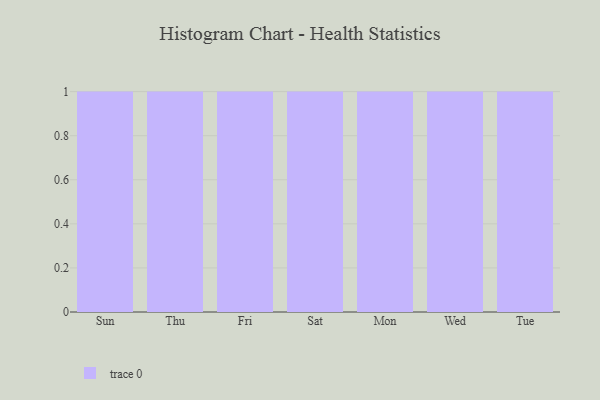
{"axis": {"x": "Day", "y": "Waste Production (Tons)"}, "legend": [""], "data": [{"x": "Sun", "y": 79, "type": ""}, {"x": "Thu", "y": 49, "type": ""}, {"x": "Fri", "y": 76, "type": ""}, {"x": "Sat", "y": 53, "type": ""}, {"x": "Mon", "y": 60, "type": ""}, {"x": "Wed", "y": 85, "type": ""}, {"x": "Tue", "y": 66, "type": ""}]}